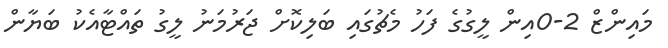
މައިންޒް 2-0އިން ލީގުގެ ފަހު މެޗުގައި ބަލިކޮށް ޖަރުމަނު ލީގު ތައްޓާއެކު ބަޔާން